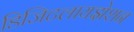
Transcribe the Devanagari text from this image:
डिजिटलायझेशन